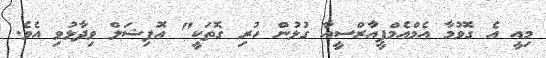
މިއީ އެ ގޮވުމާ އެމްއެމްޕީއާރްސީއާ ގުޅުން ހުރި ގޮތަކީ" އޮފިޝަލް ވިދާޅުވި އެވެ.